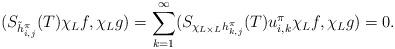
LaTeX: \begin{align*}(S_{\tilde{h}^{\pi}_{i,j}}(T)\chi_Lf,\chi_Lg) = \sum_{k=1}^{\infty}(S_{\chi_{L\times L}h^{\pi}_{k,j}}(T)u^\pi_{i,k}\chi_Lf,\chi_Lg) =0.\end{align*}